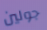
جولين